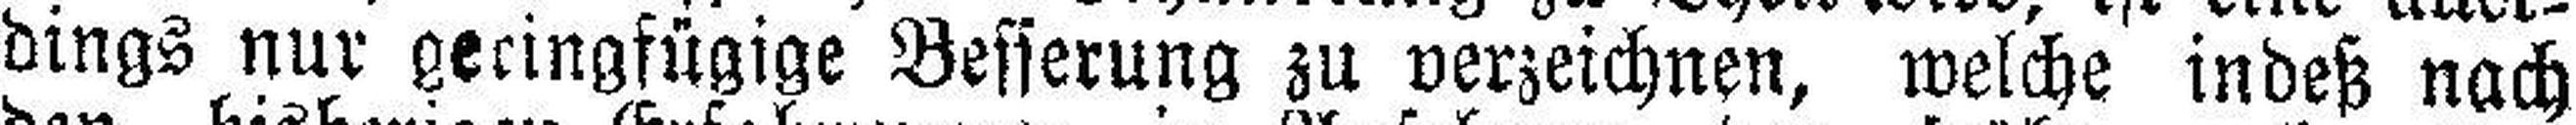
dings nur geringfügige Besserung zu verzeichnen, welche indeß nach